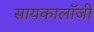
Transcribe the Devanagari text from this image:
सायकालॉजी